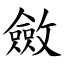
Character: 斂